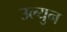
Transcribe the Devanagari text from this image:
उल्युन